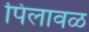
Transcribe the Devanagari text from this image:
पिलावळ